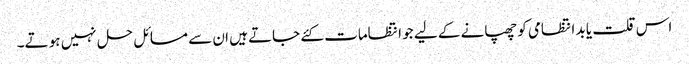
اس قلت یا بد انتظامی کو چھپانے کے لیے جو انتظامات کئے جاتے ہیں ان سے مسائل حل نہیں ہو تے۔